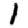
Digit: 1